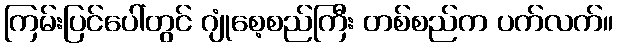
ကြမ်းပြင်ပေါ်တွင် ဂျုံစေ့စည်ကြီး တစ်စည်က ပက်လက်။